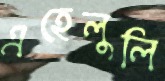
এহেলুলি